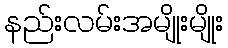
နည်းလမ်းအမျိုးမျိုး